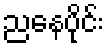
ညနေပိုင်း